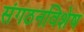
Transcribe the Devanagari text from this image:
संगठनविशेष